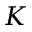
K